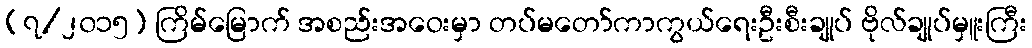
(၇/၂၀၁၅) ကြိမ်မြောက် အစည်းအဝေးမှာ တပ်မတော်ကာကွယ်ရေးဦးစီးချုပ် ဗိုလ်ချုပ်မှူးကြီး